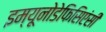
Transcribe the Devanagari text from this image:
इम्यूनोडेफिसिएंसी